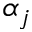
\alpha _ { j }